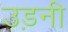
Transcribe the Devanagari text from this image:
उड़नी